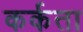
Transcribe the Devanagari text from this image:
कर्कता